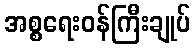
အစ္စရေးဝန်ကြီးချုပ်